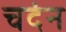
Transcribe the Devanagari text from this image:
चदंन